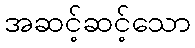
အဆင့်ဆင့်သော